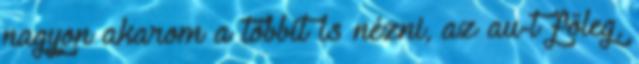
nagyon akarom a többit is nézni, az au-t főleg,